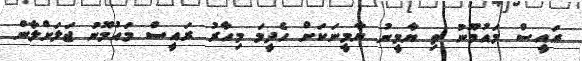
ރައީސް މައުމޫނު ތި ޔާމީނު ޔާމީނަކަށް ހެދީމަ މިހާރު ރައީސް މައުމޫނު ޖަލަށްލާން